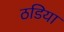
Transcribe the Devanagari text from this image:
ठडिया